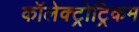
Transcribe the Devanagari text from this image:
कॉलेक्ट्रोट्रिकम